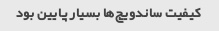
کیفیت ساندویچ‌ها بسیار پایین بود